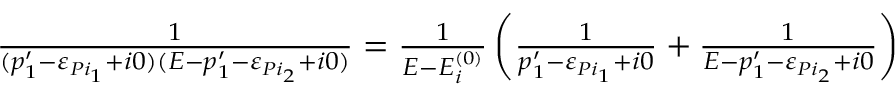
\begin{array} { r } { \frac { 1 } { ( p _ { 1 } ^ { \prime } - \varepsilon _ { P i _ { 1 } } + i 0 ) ( E - p _ { 1 } ^ { \prime } - \varepsilon _ { P i _ { 2 } } + i 0 ) } = \frac { 1 } { E - E _ { i } ^ { ( 0 ) } } \left( \frac { 1 } { p _ { 1 } ^ { \prime } - \varepsilon _ { P i _ { 1 } } + i 0 } + \frac { 1 } { E - p _ { 1 } ^ { \prime } - \varepsilon _ { P i _ { 2 } } + i 0 } \right) } \end{array}